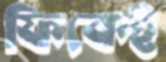
ফিকেই